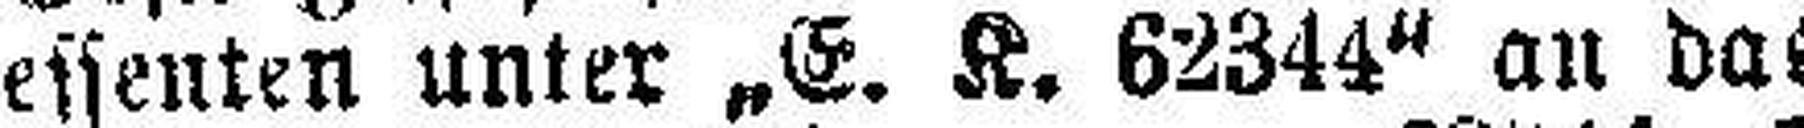
essenten unter „E. K. 62344" an das